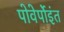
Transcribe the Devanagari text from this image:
पोवेर्पोइंत